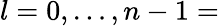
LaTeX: l=0,\dots,n-1=